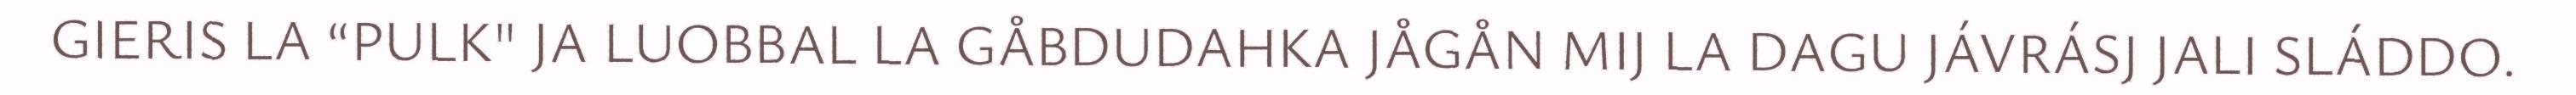
GIERIS LA “PULK" JA LUOBBAL LA GÅBDUDAHKA JÅGÅN MIJ LA DAGU JÁVRÁSJ JALI SLÁDDO.